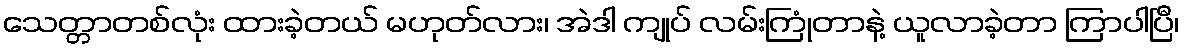
သေတ္တာတစ်လုံး ထားခဲ့တယ် မဟုတ်လား၊ အဲဒါ ကျုပ် လမ်းကြုံတာနဲ့ ယူလာခဲ့တာ ကြာပါပြီ၊